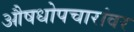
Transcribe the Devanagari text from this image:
औषधोपचारांवर